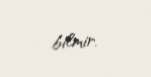
bilmir.